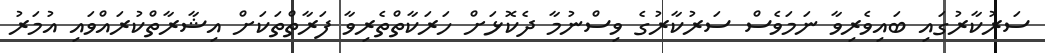
ސަރުކާރުގައި ބައިވެރިވާ ނަމަވެސް ސަރުކާރުގެ ވިސްނުމާ ދެކޮޅަށް ހަރަކާތްތެރިވާ ފަރާތްތަކަށް އިޝާރާތްކުރައްވައި އުމަރު